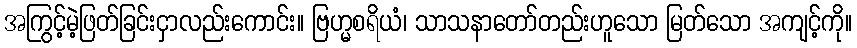
အကြွင့်မဲ့ဖြတ်ခြင်းငှာလည်းကောင်း။ ဗြဟ္မစရိယံ၊ သာသနာတော်တည်းဟူသော မြတ်သော အကျင့်ကို။